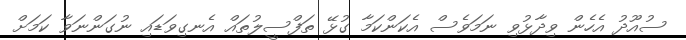
ސުއޫދު އެހެން ވިދާޅުވި ނަމަވެސް އެކަންކަމާ ގުޅޭ ތަފްސީލުތައް އެނގިވަޑައި ނުގަންނަވާ ކަމަށް